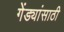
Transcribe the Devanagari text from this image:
गेंड्यांसाठी